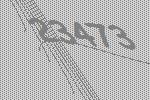
23473